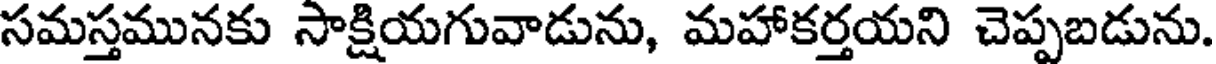
సమస్తమునకు సాక్షియగువాడును, మహాకర్తయని చెప్పబడును.